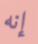
إنه